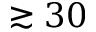
\gtrsim 3 0